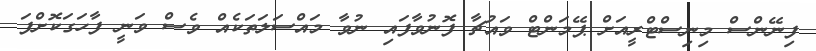
ފިނޭންސް މިނިސްޓްރީއަށް ޕޭމަންޓް ވައުޗާ ފޮނުވާފައި ނުވާ މައްސަލަތަކެއް ވެސް ވަނީ ފާހަގަކޮށްފަ